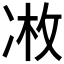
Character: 𫥏